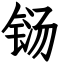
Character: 铴